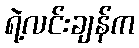
ရဲ့လင်းချန်က